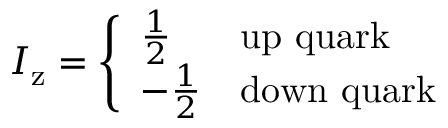
I _ { \mathrm { z } } = { \left\{ \begin{array} { l l } { { \frac { 1 } { 2 } } } & { { \mathrm { u p ~ q u a r k } } } \\ { - { \frac { 1 } { 2 } } } & { { \mathrm { d o w n ~ q u a r k } } } \end{array} \right. }